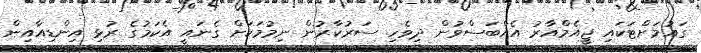
ގައުމަށްޓަކައި ޖީއެމްއާރު އެއްބަސްވުން ދިވެހި ސަރުކާރުން ނިމުމަކަށް ގެނައީ އެކަމުގެ ރުޅި އިންޑިއާއިން